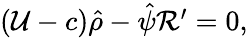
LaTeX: \begin{array}{r}{\left(\mathcal{U}-c\right)\hat{\rho}-\hat{\psi}\mathcal{R}^{\prime}=0,}\end{array}